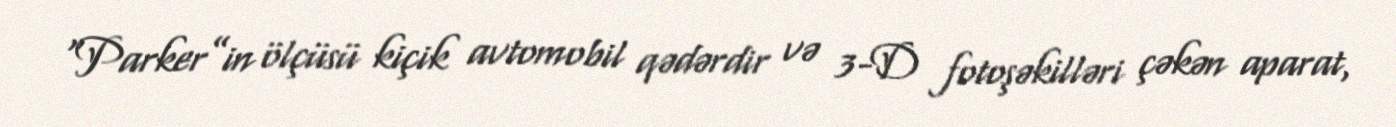
“Parker”in ölçüsü kiçik avtomobil qədərdir və 3-D fotoşəkilləri çəkən aparat,